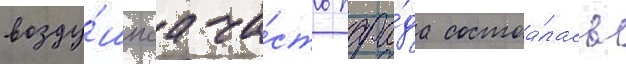
возду́шнаа ча́сть пара́да состоа́лась